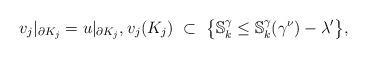
LaTeX: \begin{align*}v_j|_{\partial K_j}=u|_{\partial K_j},v_j(K_j)\ \subset\ \big\{{\mathbb S}^\gamma_k\leq {\mathbb S}_k^\gamma(\gamma^\nu)-\lambda'\big\},\end{align*}